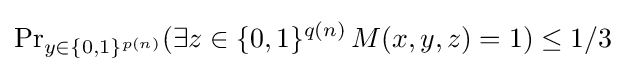
\Pr \nolimits _{y\in \{0,1\}^{p(n)}}(\exists z\in \{0,1\}^{q(n)}\,M(x,y,z)=1)\leq 1/3